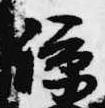
諒